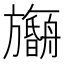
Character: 𬀠